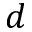
d